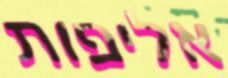
אליפות